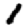
Digit: 1